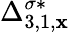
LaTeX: \Delta_{3,1,\mathbf{x}}^{\sigma*}